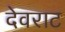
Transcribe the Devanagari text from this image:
देवराट